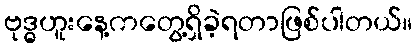
ဗုဒ္ဓဟူးနေ့ကတွေ့ရှိခဲ့ရတာဖြစ်ပါတယ်။